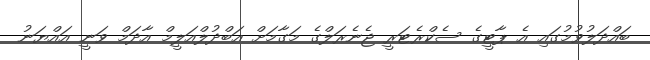
ބައްދަލުވުމުގައި އެ ޕާޓީގެ ސެކްރެޓަރީ ޖެނެރަލްގެ މަގާމަށް އަބްދުލްއަލީމް އާދަމް ވަނީ އައްޔަނު